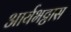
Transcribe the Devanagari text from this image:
आर्यभट्टास